system: You are a helpful assistant.
user:
Analyze the provided spectrum to determine if it is a **Carbon Star (C-type)**.

- **Key Visual Indicators of Carbon Star:**
    - **(Primary):** Strong molecular absorption from **C₂ (diatomic carbon) "Swan Bands."** This is the **defining feature** of a carbon star.
        - **(Key Bandheads):** Sharp absorption edges are visible at approximately $5635$ Å, $5165$ Å (the strongest band), and $4737$ Å.
        - **(Line Profile):** Creates a distinct **"saw-tooth"** pattern. The key morphology is a sharp, steep bandhead on the **red (long-wavelength) side**, which then gradually tapers off (i.e., flux recovers) towards the **blue (short-wavelength) side**. *(This is the direct opposite of the TiO bands seen in M-type stars)*.

    - **(Secondary):** Intense **CN (cyanogen)** molecular absorption bands.
        - **(Key Bandheads):** Located in the blue and violet regions of the spectrum (e.g., near $4215$ Å and $3883$ Å).
        - **(Morphology):** These bands are extremely broad and act as a "blanket," absorbing the vast majority of blue and violet light. This creates a characteristic **"cliff"** or **"steep drop-off"** in the spectrum's flux at short wavelengths.

    - **(Key Confirmation):** Strong **CH absorption band (G-band)**.
        - **(Key Bandhead):** Located around $4300$ Å. The contribution from CH molecules to this band is exceptionally strong.

    - **(Overall Spectrum):**
        - The continuum is severely "chopped up" by these deep molecular bands, especially C₂, rather than appearing as a smooth curve.
        - Due to the heavy CN and C₂ absorption in the blue-green, the vast majority of the star's flux is concentrated in the red part of the spectrum, giving the star its characteristic deep red color.

Think first, call **spectral_visualization_tool** if needed to examine features in detail, then provide your final answer. Your response must adhere to the following strict rules:
1.  **Overall Structure:** Your response must follow the format `<think>...</think> <tool_call>...</tool_call> (if a tool is used) <answer>...</answer>`.
2.  **Tool Usage Constraint:** You may only make **one** tool call per turn.
3.  **Final Answer Format:** In the `<answer>` tag, your conclusion must be inside a `\boxed{}` command (e.g., `\boxed{YES}`), followed by your justification.

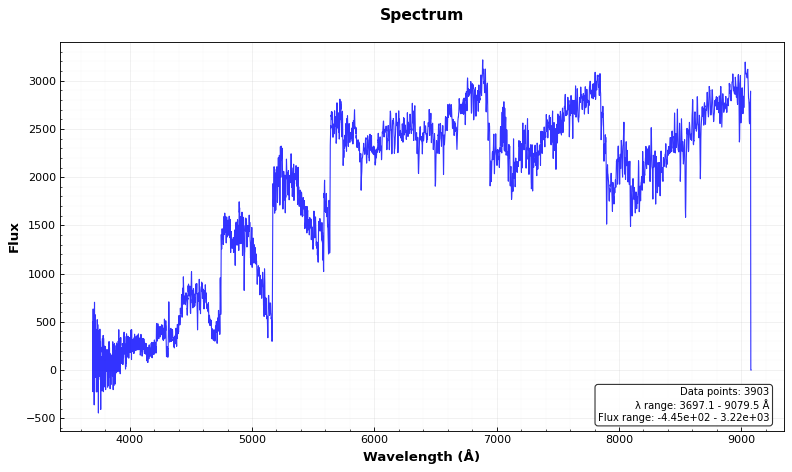
Answer: YES